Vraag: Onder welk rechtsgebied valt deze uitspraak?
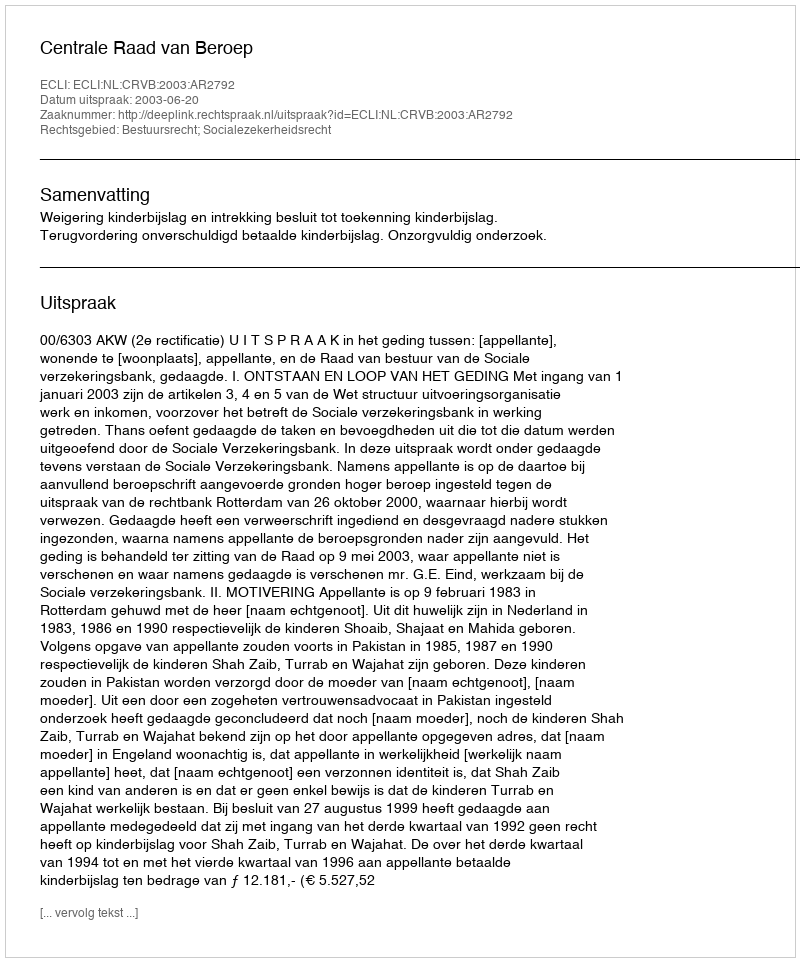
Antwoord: Bestuursrecht; Socialezekerheidsrecht